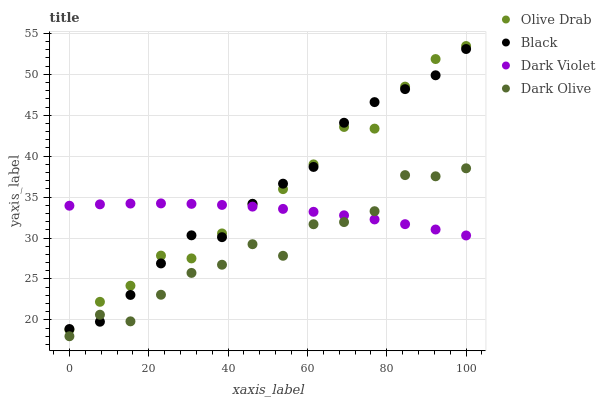
| xaxis_label | Olive Drab | Black | Dark Violet | Dark Olive |
 | --- | --- | --- | --- | --- |
 | 0 | 18.8 | 18.9 | 33.9 | 18 |
 | 7.69 | 22.2 | 19.8 | 34.1 | 20.6 |
 | 15.4 | 24.2 | 23 | 34.2 | 19.8 |
 | 23.1 | 27.8 | 26.9 | 34.2 | 23.1 |
 | 30.8 | 27.5 | 30.3 | 34.2 | 25.7 |
 | 38.5 | 30.6 | 30.1 | 34 | 26.7 |
 | 46.2 | 34.1 | 34.2 | 33.8 | 29.2 |
 | 53.8 | 36 | 36.6 | 33.6 | 27.8 |
 | 61.5 | 39 | 38.7 | 33.2 | 31.7 |
 | 69.2 | 43.6 | 44.1 | 32.8 | 31.9 |
 | 76.9 | 43.4 | 46.6 | 32.3 | 33.3 |
 | 84.6 | 48.5 | 48.2 | 31.7 | 37.7 |
 | 92.3 | 51.9 | 49.9 | 31 | 37.5 |
 | 100 | 53.5 | 53.1 | 30.3 | 38.5 |